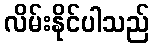
လိမ်းနိုင်ပါသည်